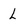
Character: L